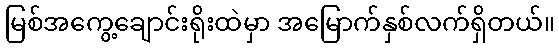
မြစ်အကွေ့ချောင်းရိုးထဲမှာ အမြောက်နှစ်လက်ရှိတယ်။